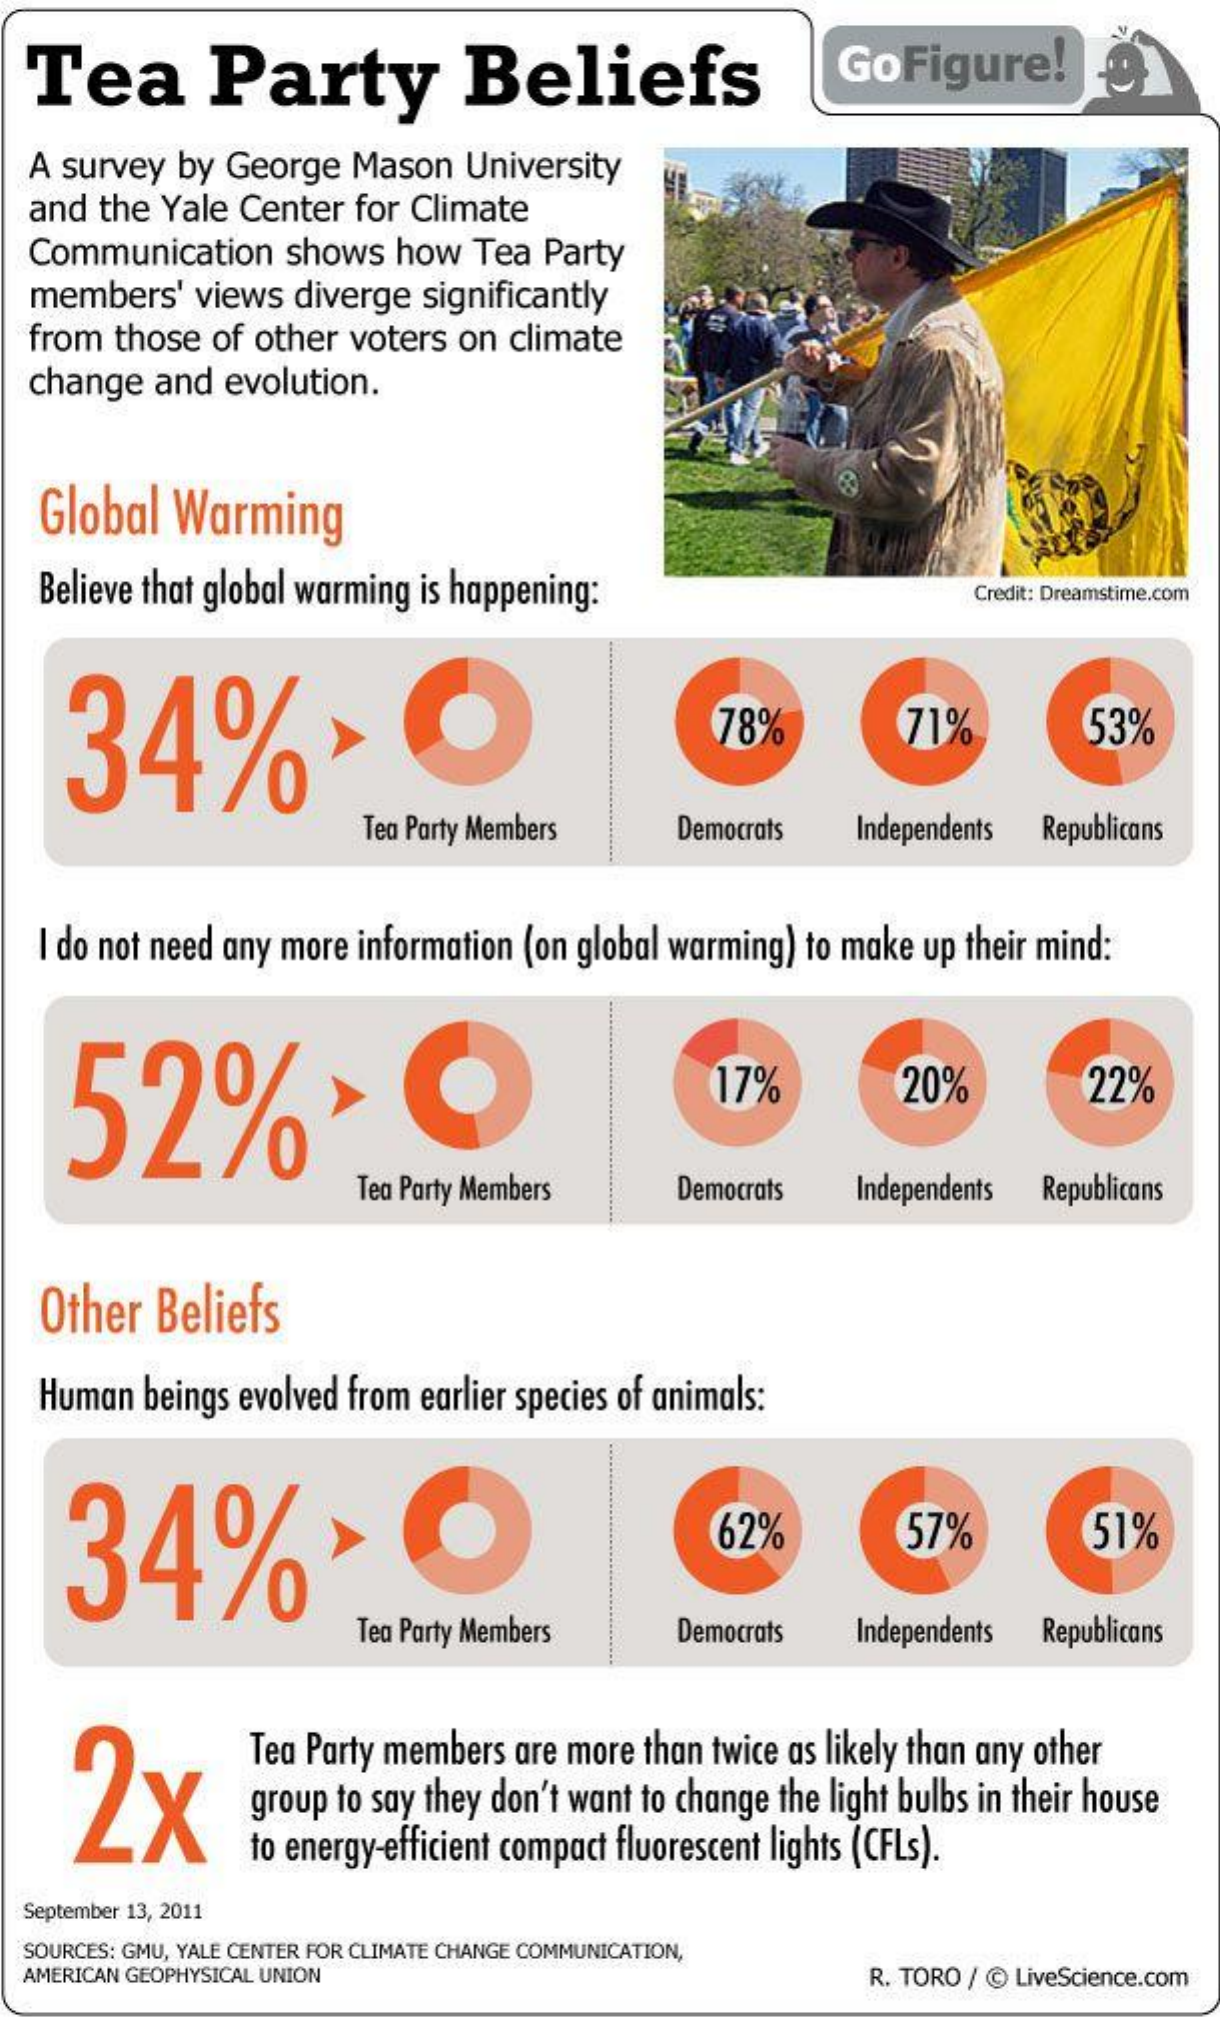
Tea    Party    Beliefs    GoFigure!
  A survey by George Mason University
  and the Yale Center for Climate
  Communication  shows how  Tea Party
  members'  views diverge significantly
  from those of other voters on climate
  change and evolution.
   Global Warming
  Believe that global warming is happening:    Credit: Dreamstime.com
    34%>    78%    71%    53%
     Tea Party Members  Democrats Independents Republicans
  I do not need any more information (on global warming) to make up their mind:
    52%
     17%    20%    22%
     Tea Party Members  Democrats Independents Republicans
   Other Beliefs
  Human beings evolved from earlier species of animals:
    34%*    62%    57%    51%
     Tea Party Members  Democrats Independents Republicans
    2x
     Tea Party members are more than twice as likely than any other
     group to say they don't want to change the light bulbs in their house
     to energy-efficient compact fluorescent lights (CFLs).
  September 13, 2011
  SOURCES: GMU, YALE CENTER FOR CLIMATE CHANGE COMMUNICATION,
  AMERICAN GEOPHYSICAL UNION    R. TORO / @ LiveScience.com